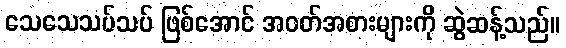
သေသေသပ်သပ် ဖြစ်အောင် အဝတ်အစားများကို ဆွဲဆန့်သည်။